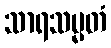
သာရသမ္မတံ